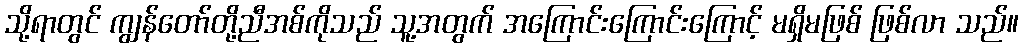
သို့ရာတွင် ကျွန်တော်တို့ညီအစ်ကိုသည် သူ့အတွက် အကြောင်းကြောင်းကြောင့် မရှိမဖြစ် ဖြစ်လာ သည်။